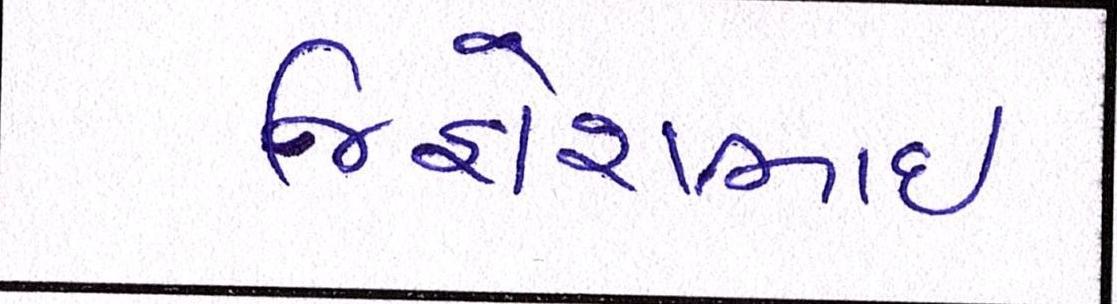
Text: જિજ્ઞેશભાઇ